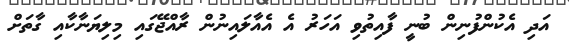
އަދި އެކުންފުނިން ބުނީ ފާއިތުވި އަހަރު އެ އެއާލައިނުން ރާއްޖޭގައި މިލިޔަނާކާއި ގާތަށް